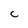
Character: C